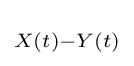
\scriptstyle X(t)-Y(t)